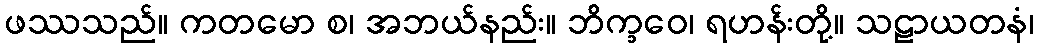
ဖဿသည်။ ကတမော စ၊ အဘယ်နည်း။ ဘိက္ခဝေ၊ ရဟန်းတို့။ သဠာယတနံ၊